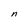
Character: n